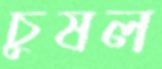
চুষল